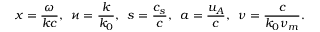
x = \frac { \omega } { k c } , \, \, \, \varkappa = \frac { k } { k _ { 0 } } , \, \, \, s = \frac { c _ { s } } { c } , \, \, \, a = \frac { u _ { A } } { c } , \, \, \, \nu = \frac { c } { k _ { 0 } \nu _ { m } } .